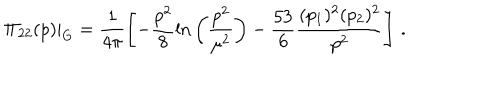
\displaystyle { \left. \Pi _ { 2 2 } ( p ) \right| _ { \mathrm { G } } } = \displaystyle { \frac { 1 } { 4 \pi } \left[ - \frac { p ^ { 2 } } { 8 } \mathrm { l n } \left( \frac { p ^ { 2 } } { \mu ^ { 2 } } \right) - \frac { 5 3 } { 6 } \frac { ( p _ { 1 } ) ^ { 2 } ( p _ { 2 } ) ^ { 2 } } { p ^ { 2 } } \right] \, . }